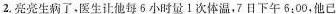
2.亮亮生病了，医生让他每5小时量1次体温，7日下午6:00，他已